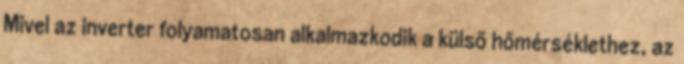
Mivel az inverter folyamatosan alkalmazkodik a külső hőmérséklethez, az